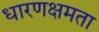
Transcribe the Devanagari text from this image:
धारणक्षमता